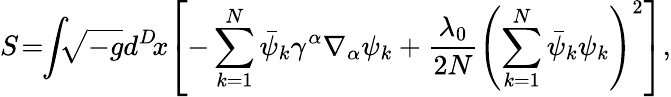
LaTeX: S\! =\! \! \int\! \! \! \sqrt{-g}d^{D}\! x\! \left[-\sum_{k=1}^{N}\bar{\psi}_{k}\gamma^{\alpha}\nabla_{\alpha}\psi_{k}+\frac{\lambda_{0}}{2N}\left(\sum_{k=1}^{N}\bar{\psi}_{k}\psi_{k}\right)^{2}\right],